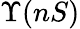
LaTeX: \Upsilon(nS)